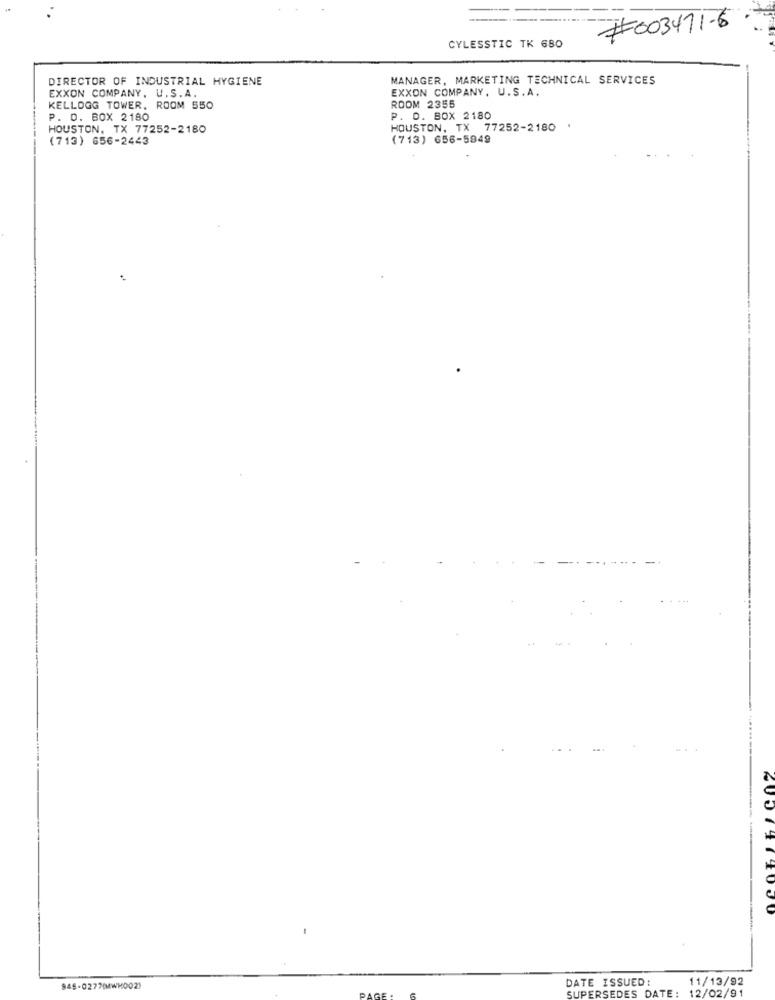
#003471-6
CYLESSTIC TK 680
DIRECTOR OF INDUSTRIAL HYGIENE
MANAGER, MARKETING TECHNICAL SERVICES
EXXON COMPANY. U.S.A.
EXXON COMPANY, U.S.A.
KELLOGG TOWER, ROOM 550
ROOM 2355
P. O. BOX 2180
P. O. BOX 2180
HOUSTON, TX 77252-2180
HOUSTON, TX 77252-2180
(713) 656-2443
(713) 656-5949
2001474000
DATE ISSUED:
11/13/92
945-0277(WH0021
SUPERSEDES DATE:
12/02/91